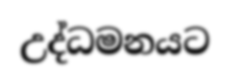
උද්ධමනයට